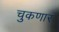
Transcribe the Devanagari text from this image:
चुकणार